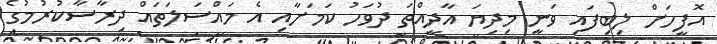
އޮފީހަށް ލިބިފައި ވަނީ މިދިޔަ އާދީއްތަ ދުވަހު ކަމަށާއި އެ މައްސަލަތައް ދިރާސާކުރުމުގެ